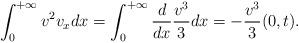
LaTeX: \begin{align*}\int_{0}^{+\infty} v^2v_xdx=\int_0^{+\infty}\frac{d}{dx}\frac{v^3}{3} dx=-\frac{v^3}{3}(0,t). \end{align*}